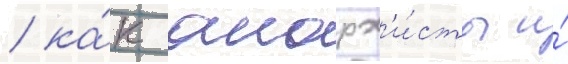
/ ка́к анарх'и́сты и́